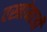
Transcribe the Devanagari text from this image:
वस्त्रांमाजी